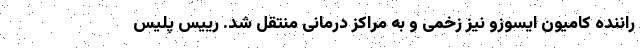
راننده کامیون ایسوزو نیز زخمی و به مراکز درمانی منتقل شد. رییس پلیس